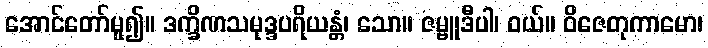
အောင်တော်မူ၍။ ဒက္ခိဏသမုဒ္ဒပရိယန္တံ၊ သော။ ဇမ္ဗူဒီပါ၊ ဝယ်။ ဝိဇေတုကာမော၊